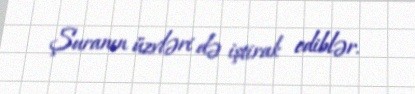
Şuranın üzvləri də iştirak ediblər.